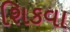
શિકવા